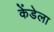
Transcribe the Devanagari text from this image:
केंडेला